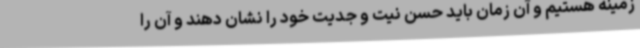
زمینه هستیم و آن زمان باید حسن نیت و جدیت خود را نشان دهند و آن را